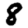
Digit: 8